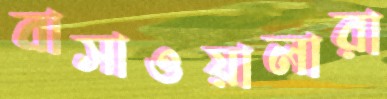
বাসাওয়ালারা